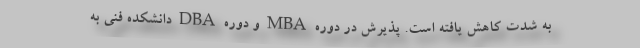
به شدت کاهش یافته است. پذیرش در دوره MBA و دوره DBA دانشکده فنی به